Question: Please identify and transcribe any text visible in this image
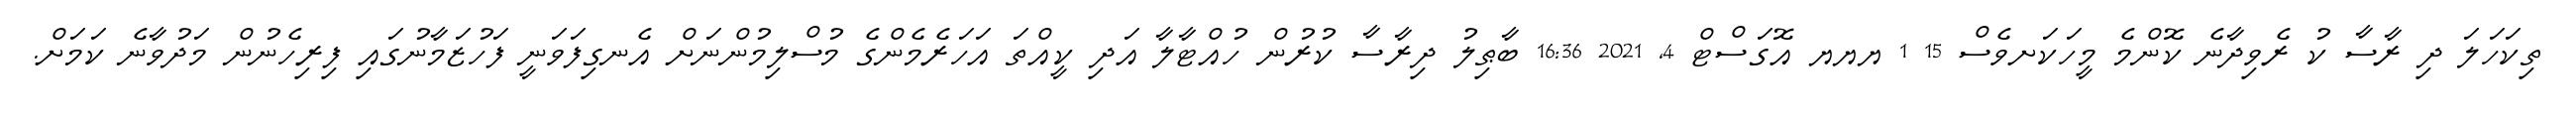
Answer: ތިކަހަލަ ދި ރާސާ ކު ރެވިދާނެ ކޮންމެ މީހަކަށވެސް 15 1 ޔޔޔ އޮގަސްޓް 4, 2021 16:36 ބާޠިލު ދިރާސާ ކުރުން ހުއްޓާލާ އަދި ކީއްތަ އަހަރެމެންގެ މުސްލިމުންނަށް އެނގިފަވަނީ ފަހުޒަމާނުގައި ފިރިހެނުން މަދުވާނެ ކަމަށް.